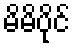
မိမိပိုင်